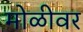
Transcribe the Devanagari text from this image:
मोळीवर